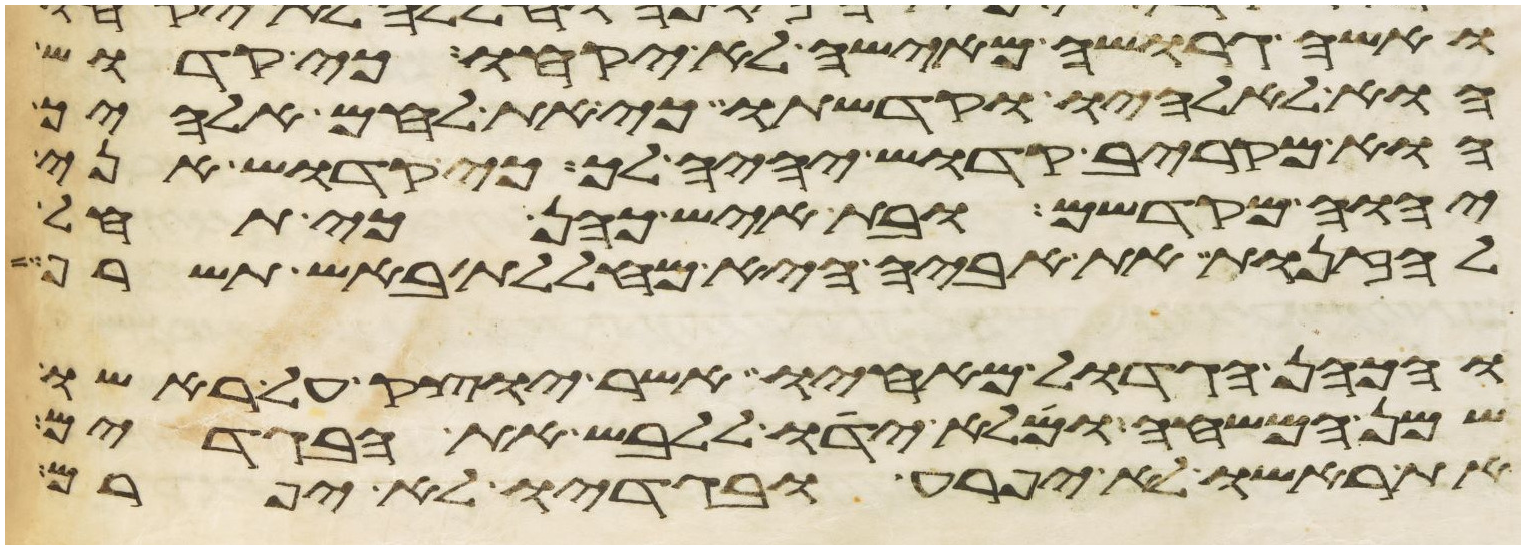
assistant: ואשה גרושה מאישה לא יקחו כי קדוש
הוא לאלהיו וקדשתו כי את לחם אלהיך
הוא מקריב קדוש יהיה לך כי קדוש אני
יהוה מקדשם ובת איש כהן כי תחל
לזנות את אביה היא מחללת באש תשרף
והכהן הגדול מאחיו אשר יוצק על ראשו
שמן המשחה ומלא ידו ללבש את הבגדים
את ראשו לא יפרע ובגדיו לא יפרם